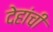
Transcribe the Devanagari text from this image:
देहांची